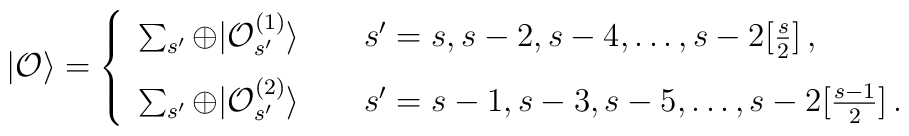
|{\cal O}\rangle=\left\{\begin{array}{l}\sum_{s^\prime}\oplus |{\cal O}^{(1)}_{s^\prime}\rangle\qquad s^\prime=s,s-2,s-4,\ldots, s-2[\frac{s}{2}]\,,\\ [7pt]\sum_{s^\prime}\oplus |{\cal O}^{(2)}_{s^\prime}\rangle\qquad s^\prime=s-1,s-3,s-5,\ldots, s-2[\frac{s-1}{2}]\,.\end{array}\right.